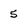
Character: 5